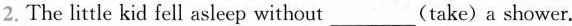
2.The little kid fell asleep without_(take)a shower.